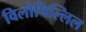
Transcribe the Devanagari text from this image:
विलोपिल्लिल